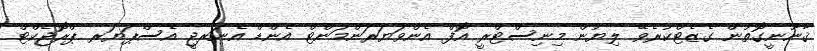
ޤާނޫނީގޮތުން ގެޒެޓްކުރެވޭ ލިޔުން މިނިސްޓްރީ އޮފް އެންވަޔަރަންމަންޓް އެންޑް އެނަރޖީ އެސްޕަޔަރ ޕްރޮޖެކްޓް